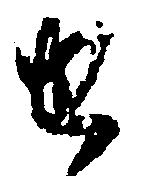
せ